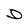
Character: D